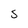
Character: S